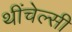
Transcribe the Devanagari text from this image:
थींचेल्सी